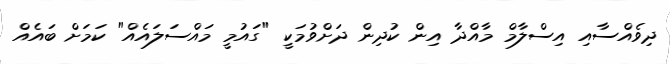
ދިވެއްސާއި އިސްލާމް މާއްދާ އިން ކުދިން ދަށްވުމަކީ "ގައުމީ މައްސަލައެއް" ކަމަށް ބައެއް